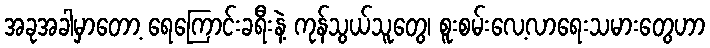
အခုအခါမှာတော့ ရေကြောင်းခရီးနဲ့ ကုန်သွယ်သူတွေ၊ စူးစမ်းလေ့လာရေးသမားတွေဟာ